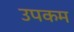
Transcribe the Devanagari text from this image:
उपकम